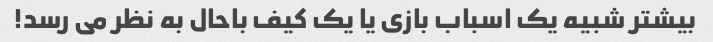
بیشتر شبیه یک اسباب بازی یا یک کیف باحال به نظر می رسد!